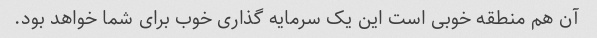
آن هم منطقه خوبی است این یک سرمایه گذاری خوب برای شما خواهد بود.